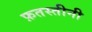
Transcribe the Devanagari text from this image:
फ़तस्तीनी